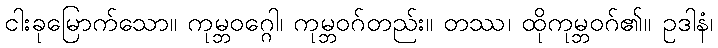
ငါးခုမြောက်သော။ ကုမ္ဘဝဂ္ဂေါ၊ ကုမ္ဘဝဂ်တည်း။ တဿ၊ ထိုကုမ္ဘဝဂ်၏။ ဥဒါနံ၊